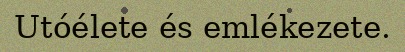
Utóélete és emlékezete.